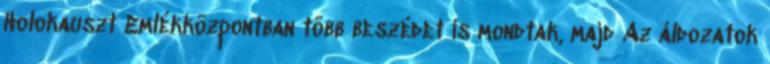
Holokauszt Emlékközpontban több beszédet is mondtak, majd Az áldozatok